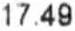
17.49